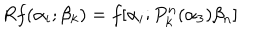
R f ( \alpha _ { i } ; \beta _ { k } ) = f [ \alpha _ { i } ; P _ { k } ^ { n } ( \alpha _ { 3 } ) \beta _ { n } ]